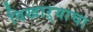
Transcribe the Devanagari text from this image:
विखाऱ्याचा